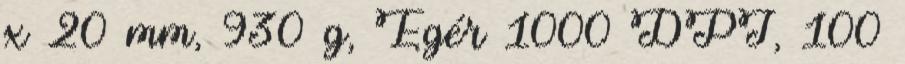
x 20 mm, 930 g, Egér 1000 DPI, 100